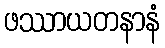
ဖဿာယတနာနံ